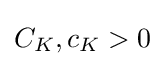
C_{K},c_{K}>0